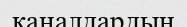
каналдардын